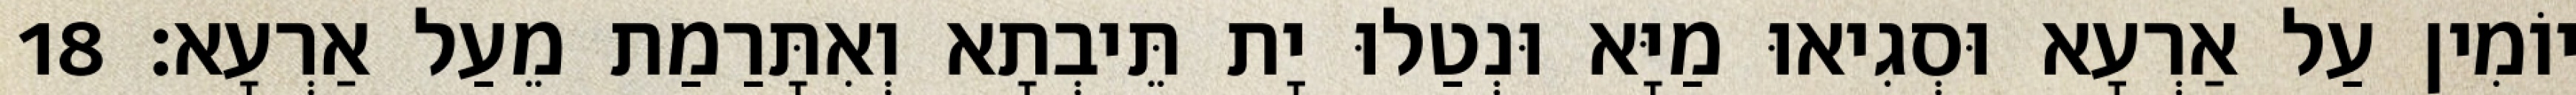
יוֹמִין עַל אַרְעָא וּסְגִיאוּ מַיָּא וּנְטַלוּ יָת תֵּיבְתָא וְאִתָּרַמַת מֵעַל אַרְעָא׃ 18